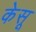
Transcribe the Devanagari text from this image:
केसू